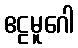
ဧဠမူဂေါ